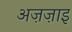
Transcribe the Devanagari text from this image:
अज़ज़ाइ